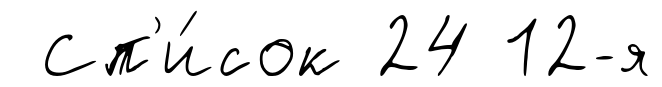
Сп'и́сок 24 12-я